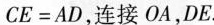
$$C E = A D$$，连接OA，DE.